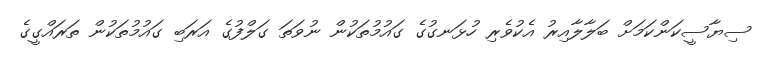
ސިޔާސީކަންކަމަށް ބަލާލާއިރު އެކުވެރި ހުޅަނގުގެ ގައުމުތަކުން ނުވަތަ ގަލްފުގެ އަރަބި ގައުމުތަކުން ތަރައްގީގެ